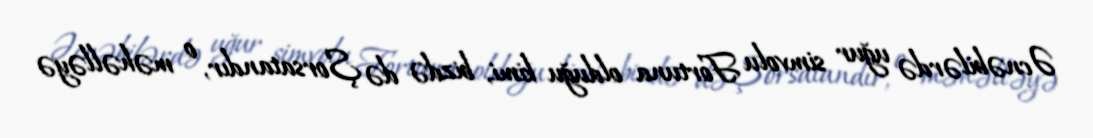
Əcnəbilərdə uğur simvolu Fortuna olduğu kimi, bizdə də Şorsatandır, o məhəlləyə